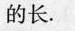
的长.